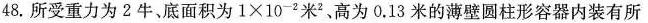
48.所受重力为2牛，底面积为 $$1 \times 1 0 ^ { - 2 }$$米^{2}、高为0.13米的薄壁圆柱形容器内装有所